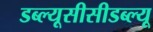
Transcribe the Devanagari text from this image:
डब्ल्यूसीसीडब्ल्यू